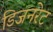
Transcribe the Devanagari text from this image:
डिजनरेट